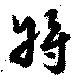
将